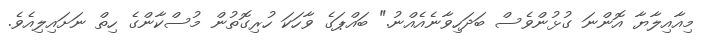
މިއާއިލާޔާ އޮންނަ ގުޅުންވެސް ބަދަހިވާނެއެއްނު." ބައްޕަގެ ވާހަކަ ހުރިގޮތުން މުސްކާންގެ ހިތް ނަށައިލިއެވެ.